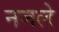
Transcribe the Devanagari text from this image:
नजले